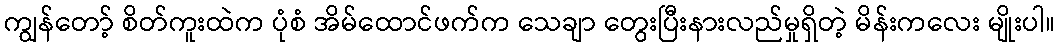
ကျွန်တော့် စိတ်ကူးထဲက ပုံစံ အိမ်ထောင်ဖက်က သေချာ တွေးပြီးနားလည်မှုရှိတဲ့ မိန်းကလေး မျိုးပါ။